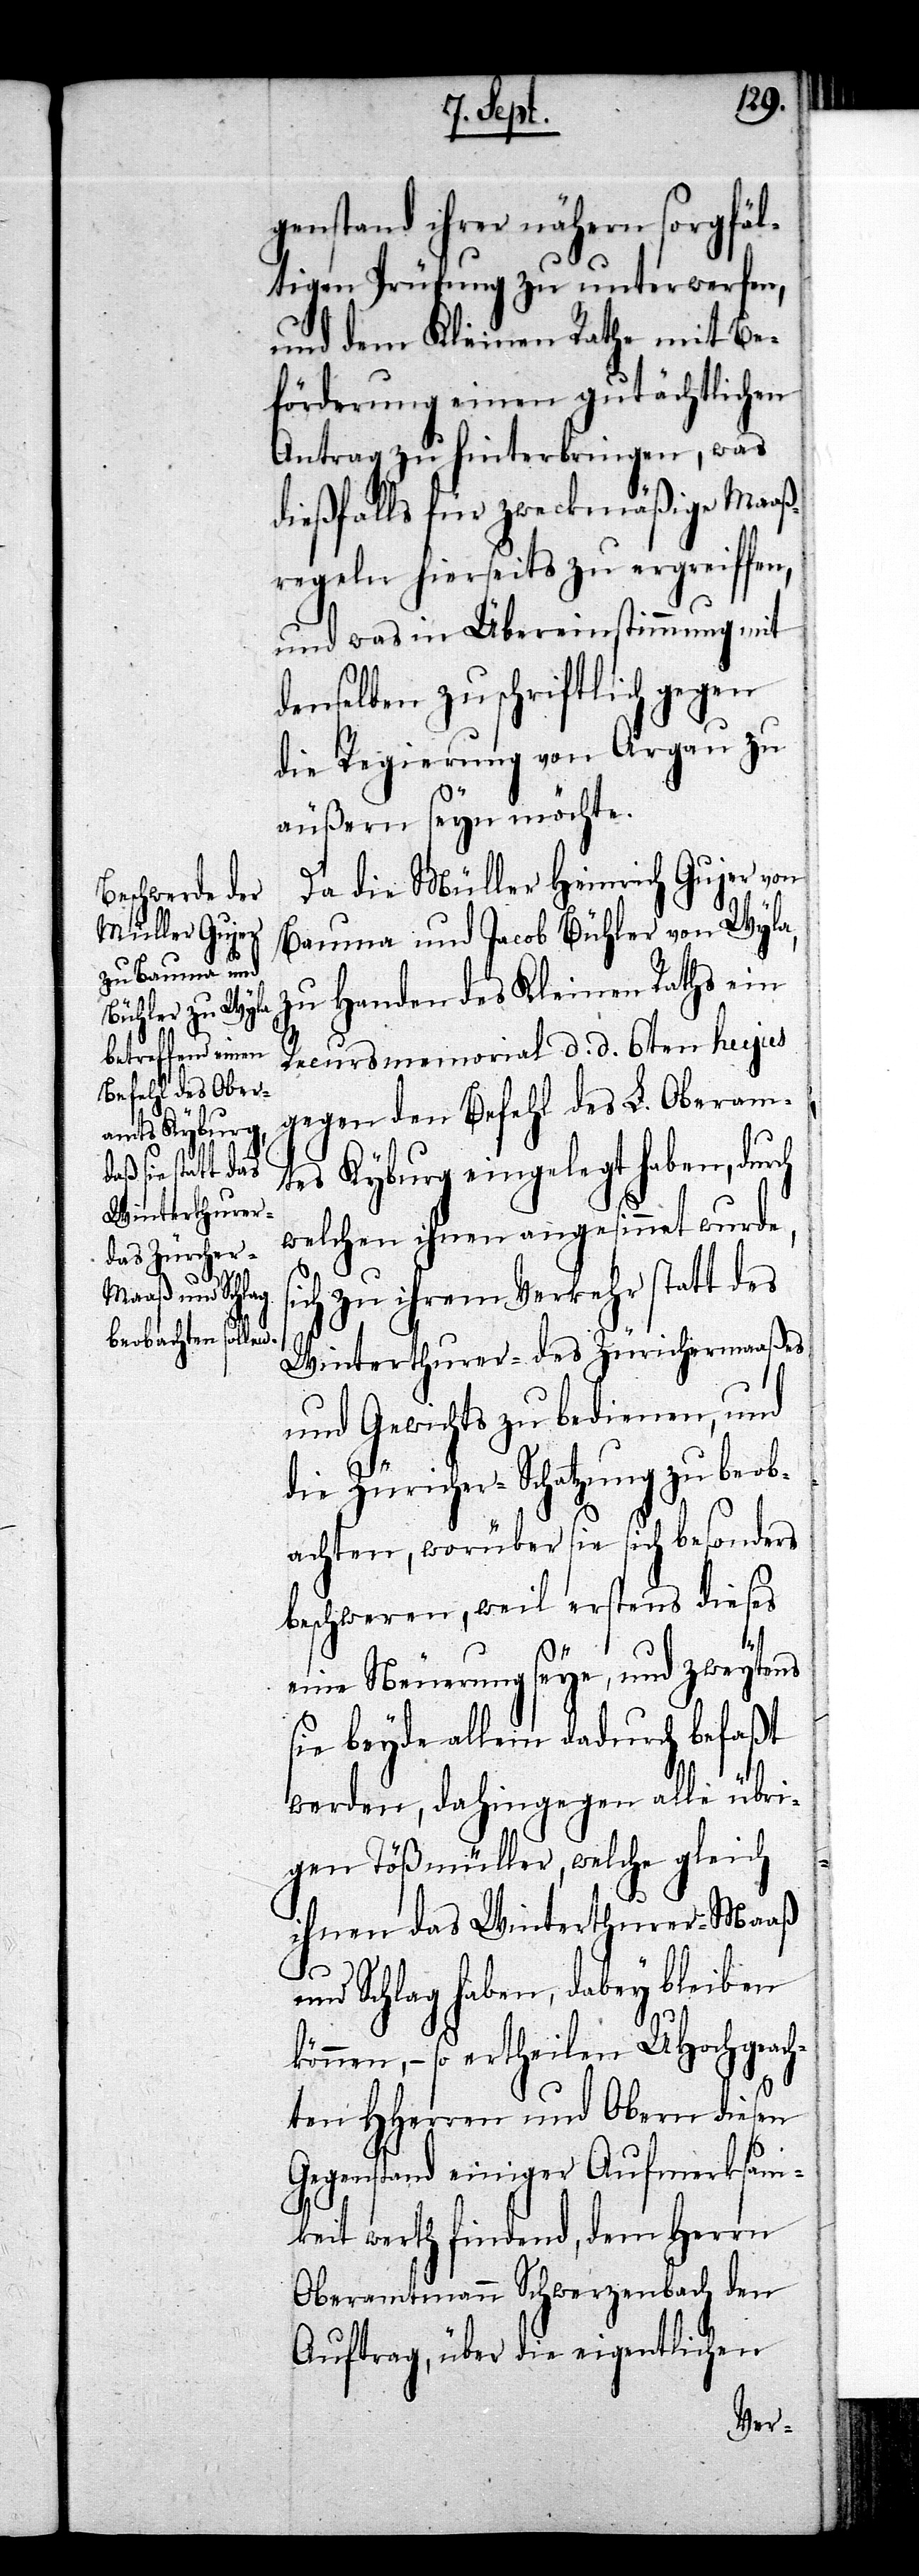
s¬

genstand ihrer nähern sorgfäl¬
tigen Prüfung zu unterwerfen,
und dem Kleinen Rathe mit Be¬
förderung einen gutächtlichen
Antrag zu hinterbringen, was
dießfalls für zweckmäßige Maaß¬
regeln hierseits zu ergreiffen,
und was in Übereinstimmung mit
denselben zu schriftlich gegen
die Regierung von Argau zu
äußern seyn möchte.
Da die Müller Heinrich Gujer von
Bauma und Jacob Bühler von Wyla,
zu Handen des Kleinen Raths ein
Recursmemorial d. d. 6ten hujus
gegen den Befehl des L. Oberam¬
tes Kyburg eingelegt haben, durch
welchen ihnen angesinnet wurde,
ich zu ihrem Verkehr statt des
Winterthurer- des Zürichermaaßes
und Gewichtes zu bedienen, und
die Züricher-Schatzung zu beob¬
achten, worüber sie sich besonders
beschweren, weil erstens dieses
eine Neuerung seye, und zweytens
sie beyde allein dadurch befaßt
werden, dahingegen alle übri¬
gen Tößmüller, welche gleich
ihnen das Winterthurer-Maaß
und Schlag haben, dabey bleiben
können, – so ertheilen UHochgeach¬
ten HHerren und Obern diesen
Gegenstand einiger Aufmerksam¬
keit werth findend, dem Herrn
Oberamtmann Schwerzenbach den
Auftrag, über die eigentlichen